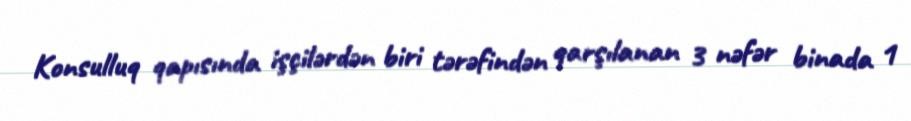
Konsulluq qapısında işçilərdən biri tərəfindən qarşılanan 3 nəfər binada 1